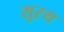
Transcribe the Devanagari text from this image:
सुऱय